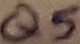
Text: Q5